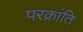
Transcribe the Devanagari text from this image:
परक्रांति